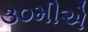
૩૦મીએ